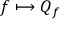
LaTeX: f \longmapsto Q _ { f } ~